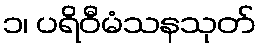
၁၊ ပရိဝီမံသနသုတ်